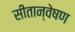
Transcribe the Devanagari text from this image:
सीतान्वेषण